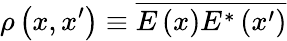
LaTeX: \rho\left(x,x^{\prime}\right)\equiv\overline{{E\left(x\right)E^{*}\left(x^{\prime}\right)}}